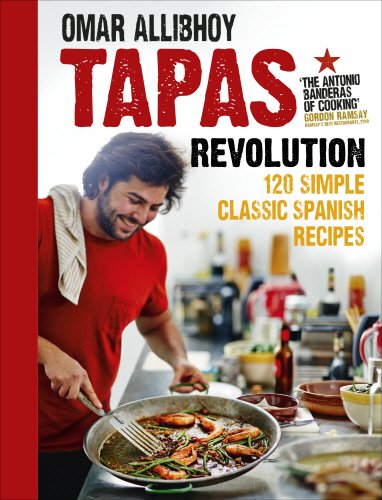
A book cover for Tapas Revolution; Omar Allibhoy; Cookbooks, Food & Wine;